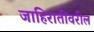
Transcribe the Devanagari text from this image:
जाहिरातींवरील